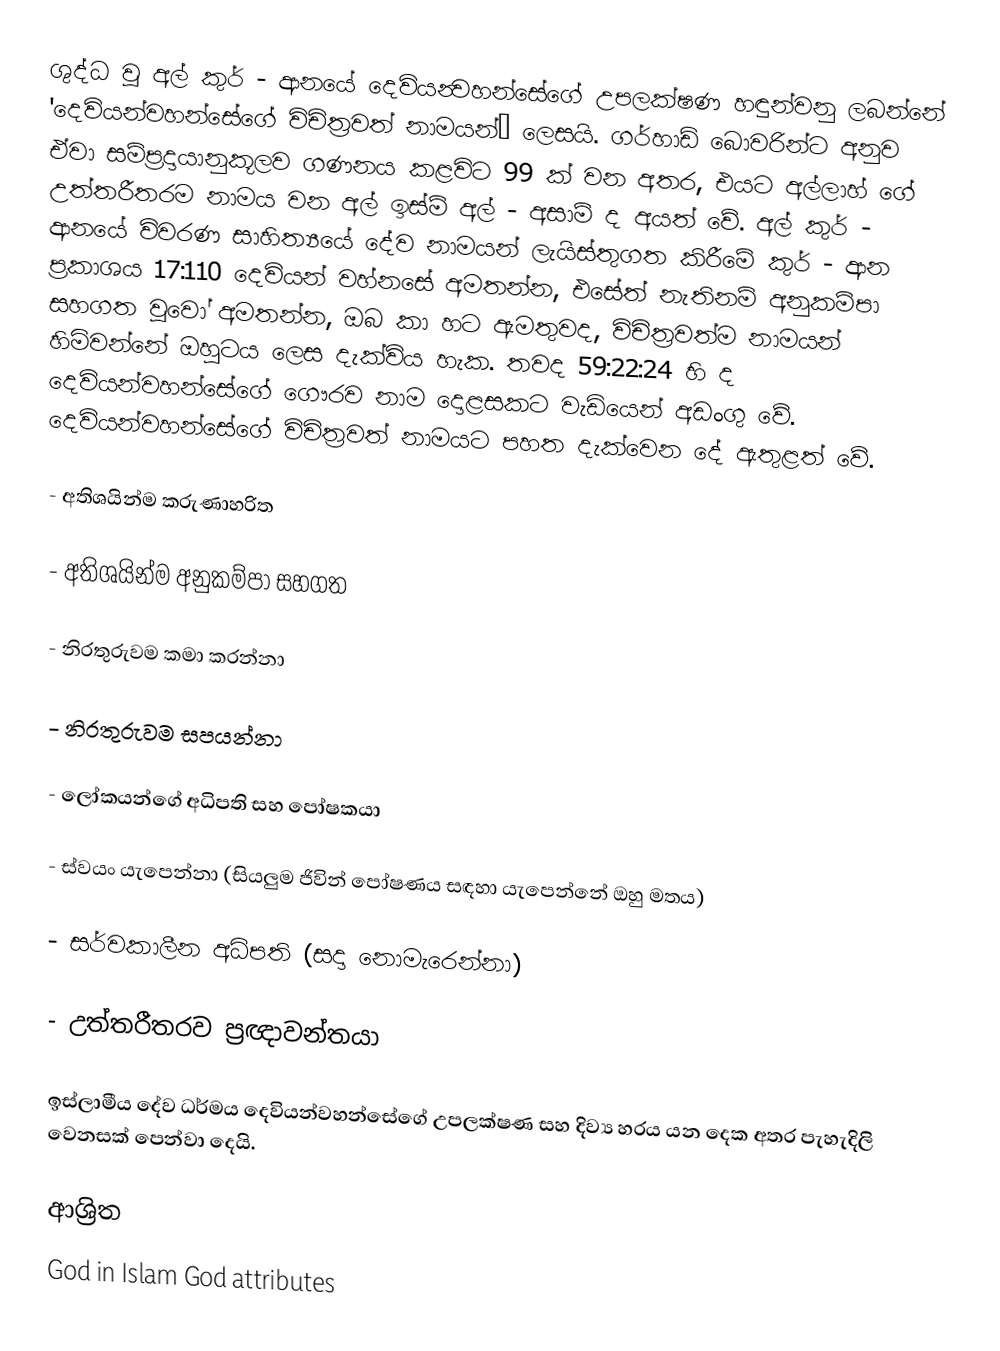
ශුද්ධ වූ අල් කුර් - ආනයේ දෙවියන්‍වහන්සේගේ උපලක්ෂණ හඳුන්වනු ලබන්නේ 'දෙවියන්වහන්සේගේ විචිත්‍රවත් නාමයන්’ ලෙසයි. ගර්හාඩ් බොවරින්ට අනුව ඒවා සම්ප්‍රදායානුකූලව ගණනය කළවිට  99 ක් වන අතර, එයට අල්ලාහ් ගේ උත්තරීතරම නාමය වන අල් ඉස්ම් අල් - අසාම් ද අයත් වේ. අල් කුර් - ආනයේ විවරණ සාහිත්‍යයේ දේව නාමයන් ලැයිස්තුගත කිරීමේ කුර් - ආන ප්‍රකාශය 17:110 දෙවියන් වහ්නසේ අමතන්න, එසේත් නැතිනම් අනුකම්පා සහගත වූවෝ අමතන්න, ඔබ කා හට ඇමතුවද, විචිත්‍රවත්ම නාමයන් හිමිවන්නේ ඔහුටය ලෙස දැක්විය හැක. තවද 59:22:24 හි ද දෙවියන්වහන්සේගේ ගෞරව නාම දොළසකට වැඩියෙන් අඩංගු වේ. දෙවියන්වහන්සේගේ විචිත්‍රවත් නාමයට පහත දැක්වෙන දේ ඇතුළත් වේ.

-	අතිශයින්ම කරුණාහරිත

-	අතිශයින්ම  අනුකම්පා සහගත

-	නිරතුරුවම කමා කරන්නා

-	නිරතුරුවම සපයන්නා

-	ලෝකයන්ගේ අධිපති සහ පෝෂකයා

-	ස්වයං යැපෙන්නා (සියලුම ජිවින් පෝෂණය සඳහා යැපෙන්නේ ඔහු මතය)

-	සර්වකාලීන අධිපති (සදා නොමැරෙන්නා)

-	උත්තරීතරව ප්‍රඥාවන්තයා

ඉස්ලාමීය දේව ධර්මය දෙවියන්වහන්සේගේ උපලක්ෂණ සහ දිව්‍ය හරය යන දෙක අතර පැහැදිලි වෙනසක් පෙන්වා දෙයි.

ආශ්‍රිත
God in Islam God attributes